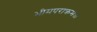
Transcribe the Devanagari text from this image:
भीमपराक्रमः।।